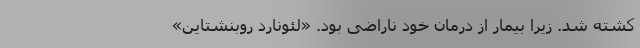
کشته شد. زیرا بیمار از درمان خود ناراضی بود. «لئونارد روبنشتاین»